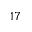
^ { 1 7 }